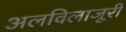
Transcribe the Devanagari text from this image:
अलविलाजूरी